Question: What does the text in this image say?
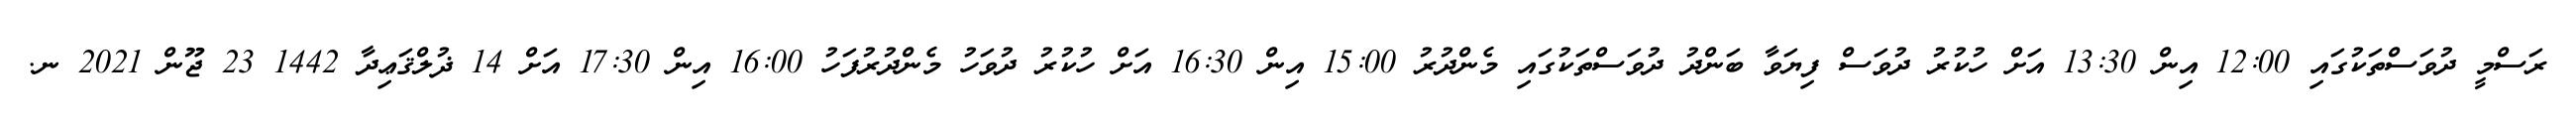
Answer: ރަސްމީ ދުވަސްތަކުގައި 12:00 އިން 13:30 އަށް ހުކުރު ދުވަސް ފިޔަވާ ބަންދު ދުވަސްތަކުގައި މެންދުރު 15:00 އިން 16:30 އަށް ހުކުރު ދުވަހު މެންދުރުފަހު 16:00 އިން 17:30 އަށް 14 ޛުލްޤަޢިދާ 1442 23 ޖޫން 2021 ނ.